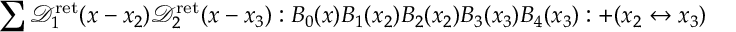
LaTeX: \sum \mathcal { D } _ { 1 } ^ { \mathrm { r e t } } ( x - x _ { 2 } ) \mathcal { D } _ { 2 } ^ { \mathrm { r e t } } ( x - x _ { 3 } ) : B _ { 0 } ( x ) B _ { 1 } ( x _ { 2 } ) B _ { 2 } ( x _ { 2 } ) B _ { 3 } ( x _ { 3 } ) B _ { 4 } ( x _ { 3 } ) : + ( x _ { 2 } \leftrightarrow x _ { 3 } )